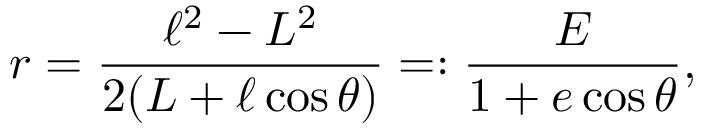
r = \frac { \ell ^ { 2 } - L ^ { 2 } } { 2 ( L + \ell \cos \theta ) } = : \frac { E } { 1 + e \cos \theta } ,